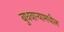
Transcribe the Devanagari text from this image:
बुधवार्‍यामधील